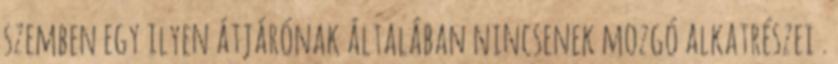
szemben egy ilyen átjárónak általában nincsenek mozgó alkatrészei .